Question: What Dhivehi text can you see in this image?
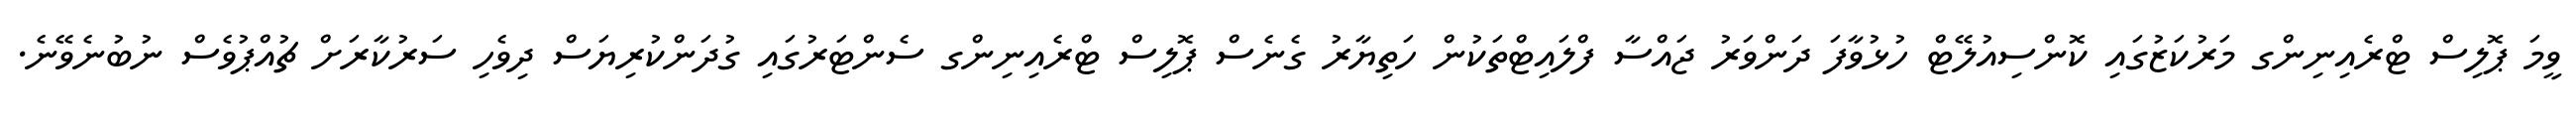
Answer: ވީމަ ޕޮލިސް ޓްރެއިނިންގ މަރުކަޒުގައި ކޮންސިއުލޭޓް ހުޅުވާފަ ދަންވަރު ޖައްސާ ފްލައިޓްތަކުން ހަތިޔާރު ގެނެސް ޕޮލިސް ޓްރެއިނިންގ ސެންޓަރުގައި ގުދަންކުރިޔަސް ދިވެހި ސަރުކާރަށް ޗުއްޕުވެސް ނުބުނެވޭނެ.